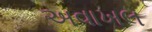
અવાખલ